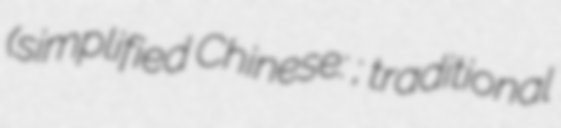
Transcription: (simplified Chinese: 长安航空; traditional